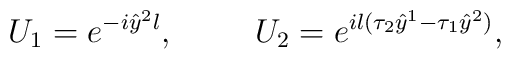
U_1 = e^{- i \hat{y}^2 l}, \hspace{10mm} U_2 = e^{i l (\tau_2 \hat{y}^1 -\tau_1 \hat{y}^2)},